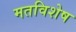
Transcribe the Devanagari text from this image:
मतविशेष